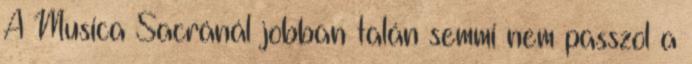
A Musica Sacránál jobban talán semmi nem passzol a